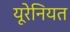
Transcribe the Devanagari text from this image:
यूरेनियत